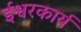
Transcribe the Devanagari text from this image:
ईश्वरकार्य